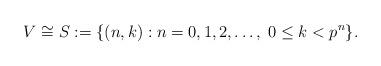
LaTeX: \begin{align*} V\cong S:=\{(n,k) : n=0,1,2,\ldots, \;0 \leq k < p^n\}. \end{align*}